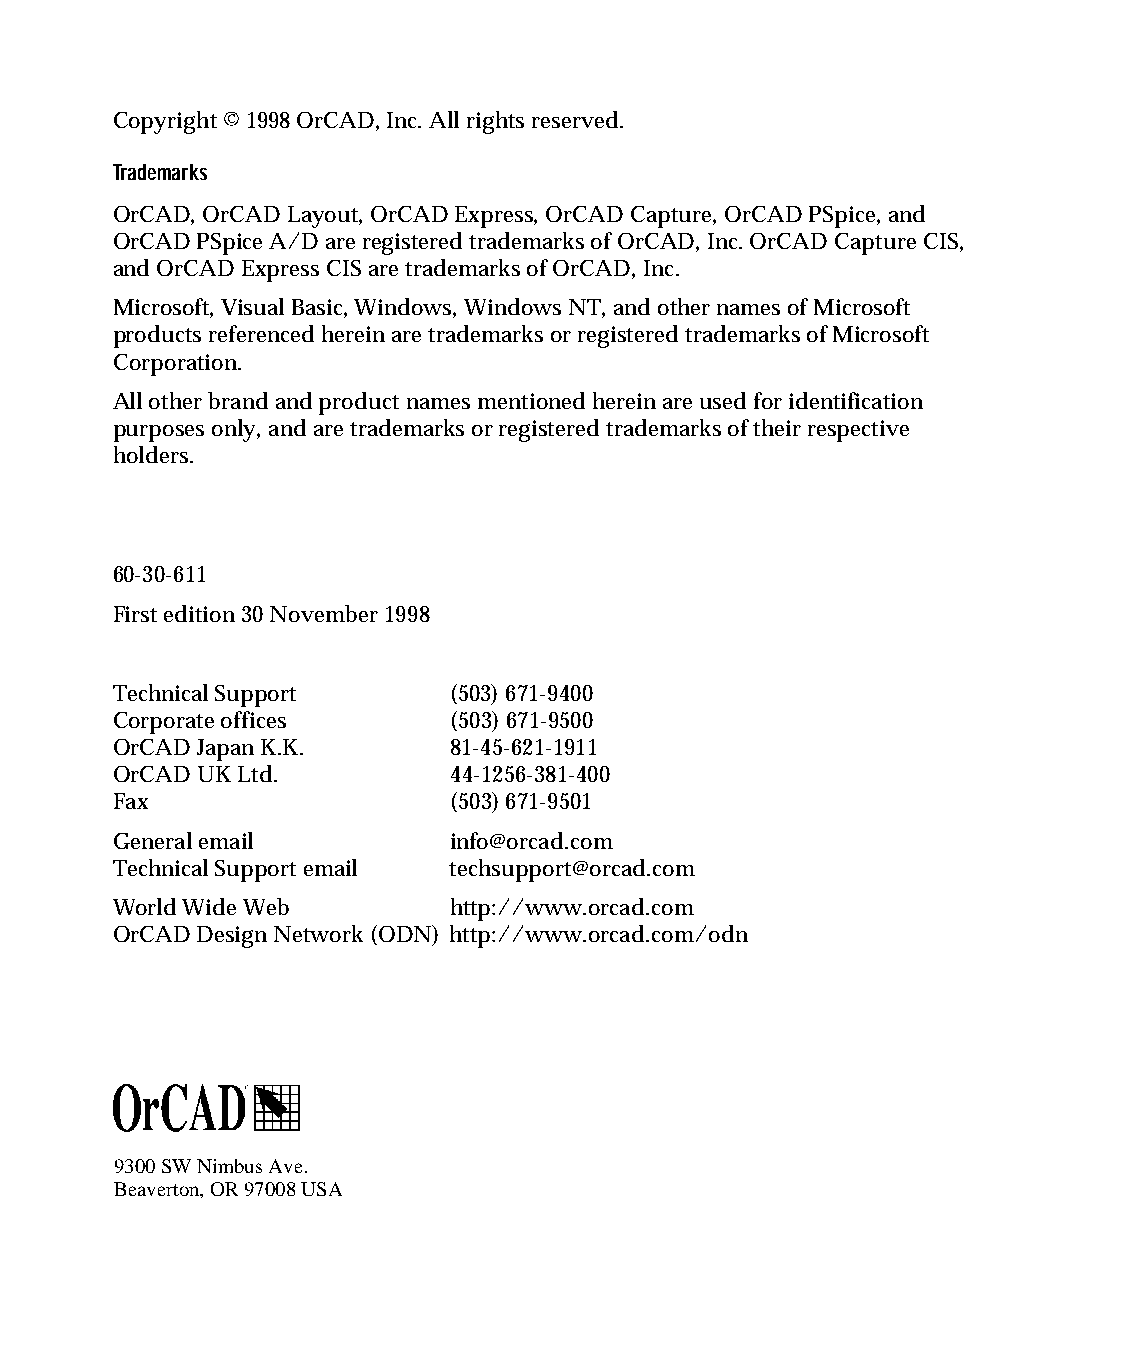
capug.book Page 2 Thursday, November 12, 1998 3:38 PM
 Copyright © 1998 OrCAD, Inc. All rights reserved.
 Trademarks
 OrCAD, OrCAD Layout, OrCAD Express, OrCAD Capture, OrCAD PSpice, and
 OrCAD PSpice A/D are registered trademarks of OrCAD, Inc. OrCAD Capture CIS,
 and OrCAD Express CIS are trademarks of OrCAD, Inc.
 Microsoft, Visual Basic, Windows, Windows NT, and other names of Microsoft
 products referenced herein are trademarks or registered trademarks of Microsoft
 Corporation.
 All other brand and product names mentioned herein are used for identification
 purposes only, and are trademarks or registered trademarks of their respective
 holders.
 60-30-611
 First edition 30 November 1998
 Technical Support      (503) 671-9400
 Corporate offices      (503) 671-9500
 OrCAD Japan K.K.       81-45-621-1911
 OrCAD UK Ltd.          44-1256-381-400
 Fax                    (503) 671-9501
 General email          info@orcad.com
 Technical Support email techsupport@orcad.com
 World Wide Web         http://www.orcad.com
 OrCAD Design Network (ODN) http://www.orcad.com/odn
 9300 SW Nimbus Ave.
 Beaverton, OR 97008 USA